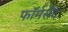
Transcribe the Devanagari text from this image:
फॉर्मसैट